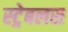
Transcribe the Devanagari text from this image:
स्ट्रेबलस